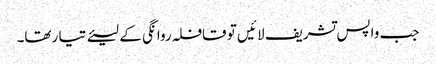
جب واپس تشریف لا ئیں تو قافلہ روا نگی کے لیئے تیا رتھا۔